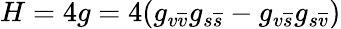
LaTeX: H=4g=4(g_{v\overline{{{v}}}}g_{s\overline{{{s}}}}-g_{v\overline{{{s}}}}g_{s\overline{{{v}}}})